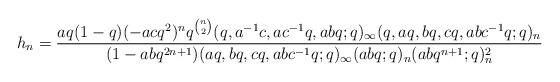
LaTeX: \begin{align*}h_n=\frac{aq(1-q)(-acq^2)^nq^{\binom{n}{2}}(q,a^{-1}c,ac^{-1}q,abq;q)_\infty(q,aq,bq,cq,abc^{-1}q;q)_n}{(1-abq^{2n+1})(aq,bq,cq,abc^{-1}q;q)_\infty(abq;q)_n(abq^{n+1};q)_n^2}\end{align*}